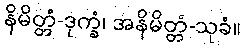
နိမိတ္တံ-ဒုက္ခံ၊ အနိမိတ္တံ-သုခံ။